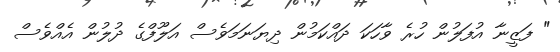
" ފަޒީނާ އުފަލުން ހުރެ ވާހަކަ ދައްކަމުން ދިޔަނަމަވެސް އަލޫފްގެ ދުލުން އެއްވެސް